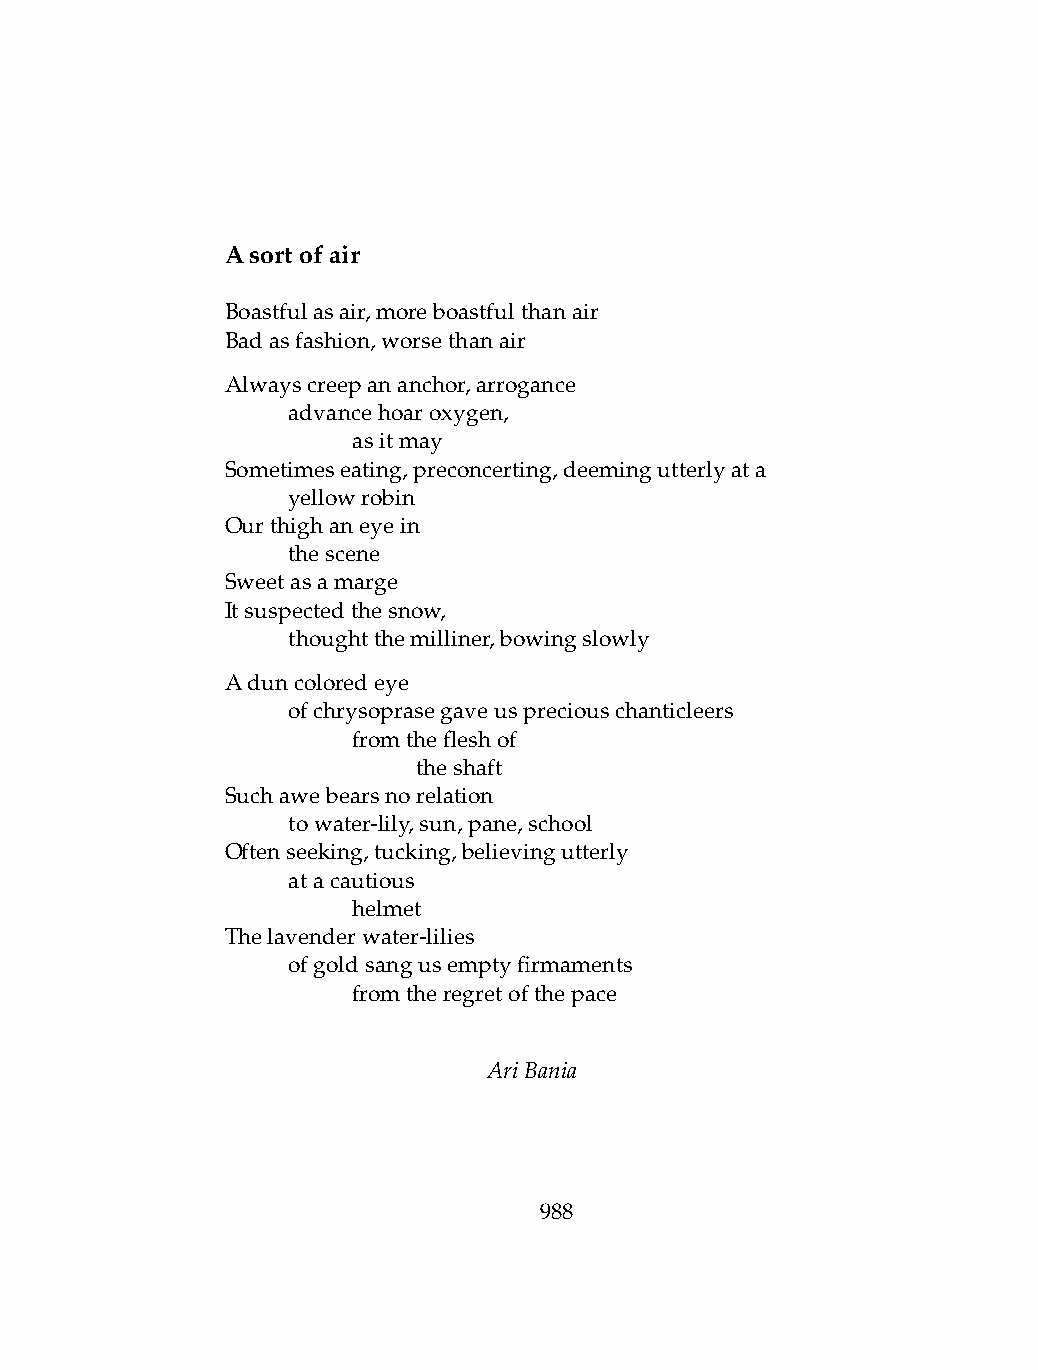
Asortofair
 Boastfulasair,moreboastfulthanair
 Badasfashion,worsethanair
 Alwayscreepananchor,arrogance
 .   advancehoaroxygen,
 .   .   asitmay
 Sometimeseating,preconcerting,deemingutterlyata
 .   yellowrobin
 Ourthighaneyein
 .   thescene
 Sweetasamarge
 Itsuspectedthesnow,
 .   thoughtthemilliner,bowingslowly
 Aduncoloredeye
 .   ofchrysoprasegaveuspreciouschanticleers
 .   .   fromthefleshof
 .   .   .    theshaft
 Suchawebearsnorelation
 .   towater-lily,sun,pane,school
 Oftenseeking,tucking,believingutterly
 .   atacautious
 .   .   helmet
 Thelavenderwater-lilies
 .   ofgoldsangusemptyfirmaments
 .   .   fromtheregretofthepace
 AriBania
 988